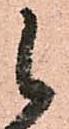
候